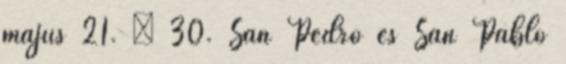
május 21. – 30. San Pedro és San Pablo